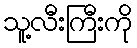
သူ့လီးကြီးကို